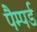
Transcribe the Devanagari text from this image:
पैम्पर्ड